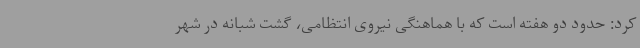
کرد: حدود دو هفته است که با هماهنگی نیروی انتظامی، گشت شبانه در شهر